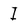
Character: I